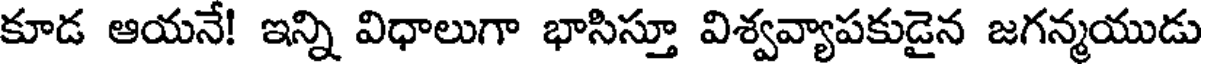
కూడ ఆయనే! ఇన్ని విధాలుగా భాసిస్తూ విశ్వవ్యాపకుడైన జగన్మయుడు